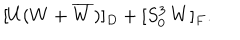
LaTeX: [ U ( W + \overline { { W } } ) ] _ { D } + [ S _ { 0 } ^ { 3 } \, W ] _ { F } .